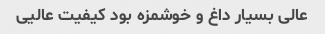
عالی بسیار داغ و خوشمزه بود کیفیت عالیی